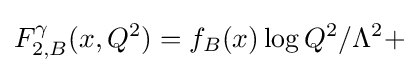
F_{2,B}^{\gamma }(x,Q^{2})=f_{B}(x)\log {Q^{2}/\Lambda ^{2}}+